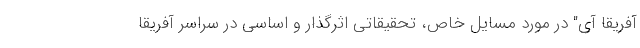
آفریقا آی" در مورد مسایل خاص، تحقیقاتی اثرگذار و اساسی در سراسر آفریقا